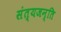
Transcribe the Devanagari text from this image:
संत्यजन्ति